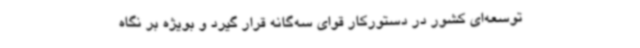
توسعه‌ای کشور در دستورکار قوای سه‌گانه قرار گیرد و بویژه بر نگاه